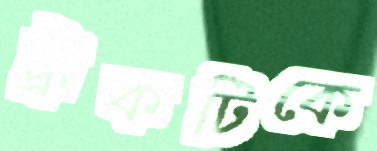
ট্রাকটিকে